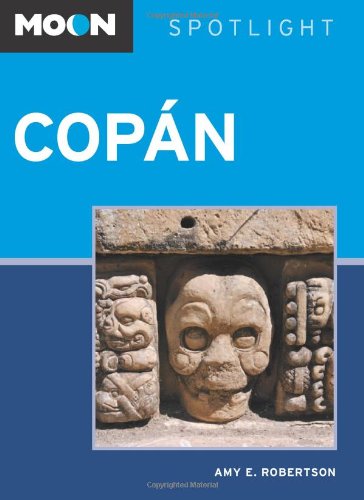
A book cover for Moon Spotlight Copan; Amy E. Robertson; Travel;